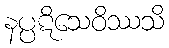
နပ္ပဋိသေဝိဿသိ